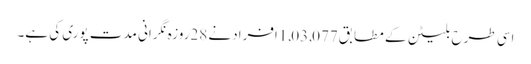
اسی طرح بلیٹن کے مطابق1,03,077اَفرادنے 28روزہ نگرانی مدت پوری کی ہے۔